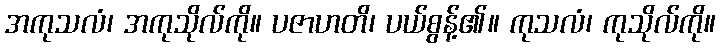
အကုသလံ၊ အကုသိုလ်ကို။ ပဇာဟတိ၊ ပယ်စွန့်၏။ ကုသလံ၊ ကုသိုလ်ကို။